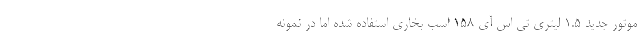
موتور جدید 1.5 لیتری تی اس آی 158 اسب بخاری استفاده شده اما در نمونه